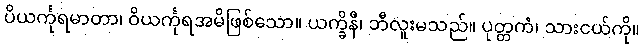
ပိယင်္ကုရမာတာ၊ ဝိယင်္ကုရအမိဖြစ်သော။ ယက္ခိနီ၊ ဘီလူးမသည်။ ပုတ္တကံ၊ သားငယ်ကို။